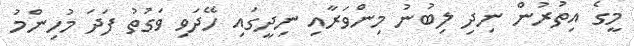
މީގެ އިތުރުން ނިދި ލިބުނު މިންވަރާއި ނިދީގައި ހޭދަވި ވަގުތު ފަދަ މުހިންމު